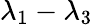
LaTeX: \lambda_{1}-\lambda_{3}